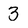
Character: 3